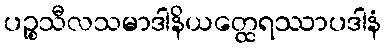
ပဉ္စသီလသမာဒါနိယတ္ထေရဿာပဒါနံ